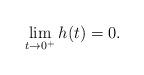
LaTeX: \begin{align*}\lim\limits_{t\to 0^+}h(t)=0.\end{align*}